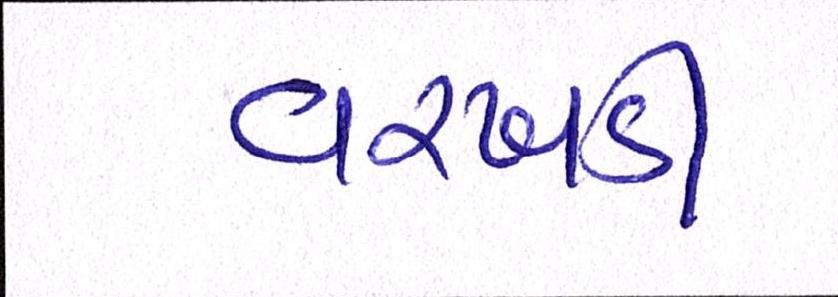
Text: વરખડી